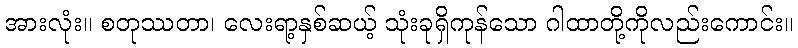
အားလုံး။ စတုဿတာ၊ လေးရာ့နှစ်ဆယ့် သုံးခုရှိကုန်သော ဂါထာတို့ကိုလည်းကောင်း။